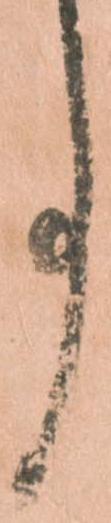
事